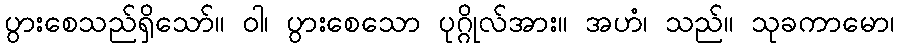
ပွားစေသည်ရှိသော်။ ဝါ၊ ပွားစေသော ပုဂ္ဂိုလ်အား။ အဟံ၊ သည်။ သုခကာမော၊